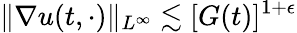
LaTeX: \| \nabla u(t,\cdot)\| _{L^{\infty}}\lesssim[G(t)]^{1+\epsilon}